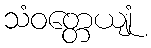
သံဝတ္တေယျုံ